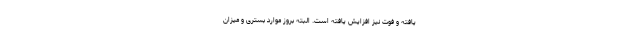
یافته و فوت نیز افزایش یافته است. البته بروز موارد بستری و میزان